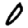
Digit: 0